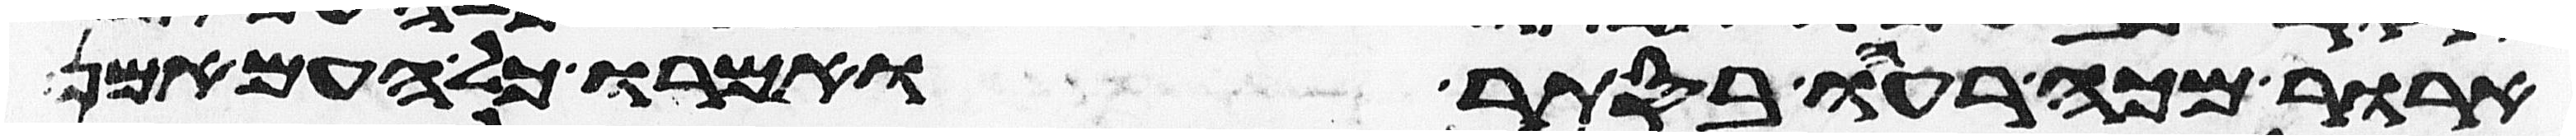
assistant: ארור מכה רעהו בסתר ואמרו כל העם אמן